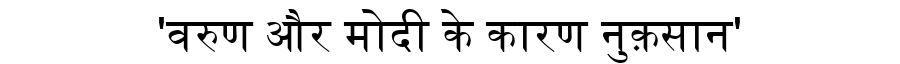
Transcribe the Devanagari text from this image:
'वरुण और मोदी के कारण नुक़सान'